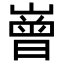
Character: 𡼳